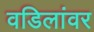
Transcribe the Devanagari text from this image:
वडिलांवर